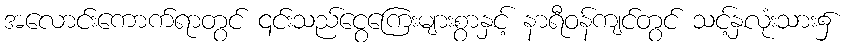
အလောင်းကောက်ရာတွင် ၎င်းသည်ငွေကြေးများစွာနှင့် နာရီဝန်ကျင်တွင် သင့်နှလုံးသား၌